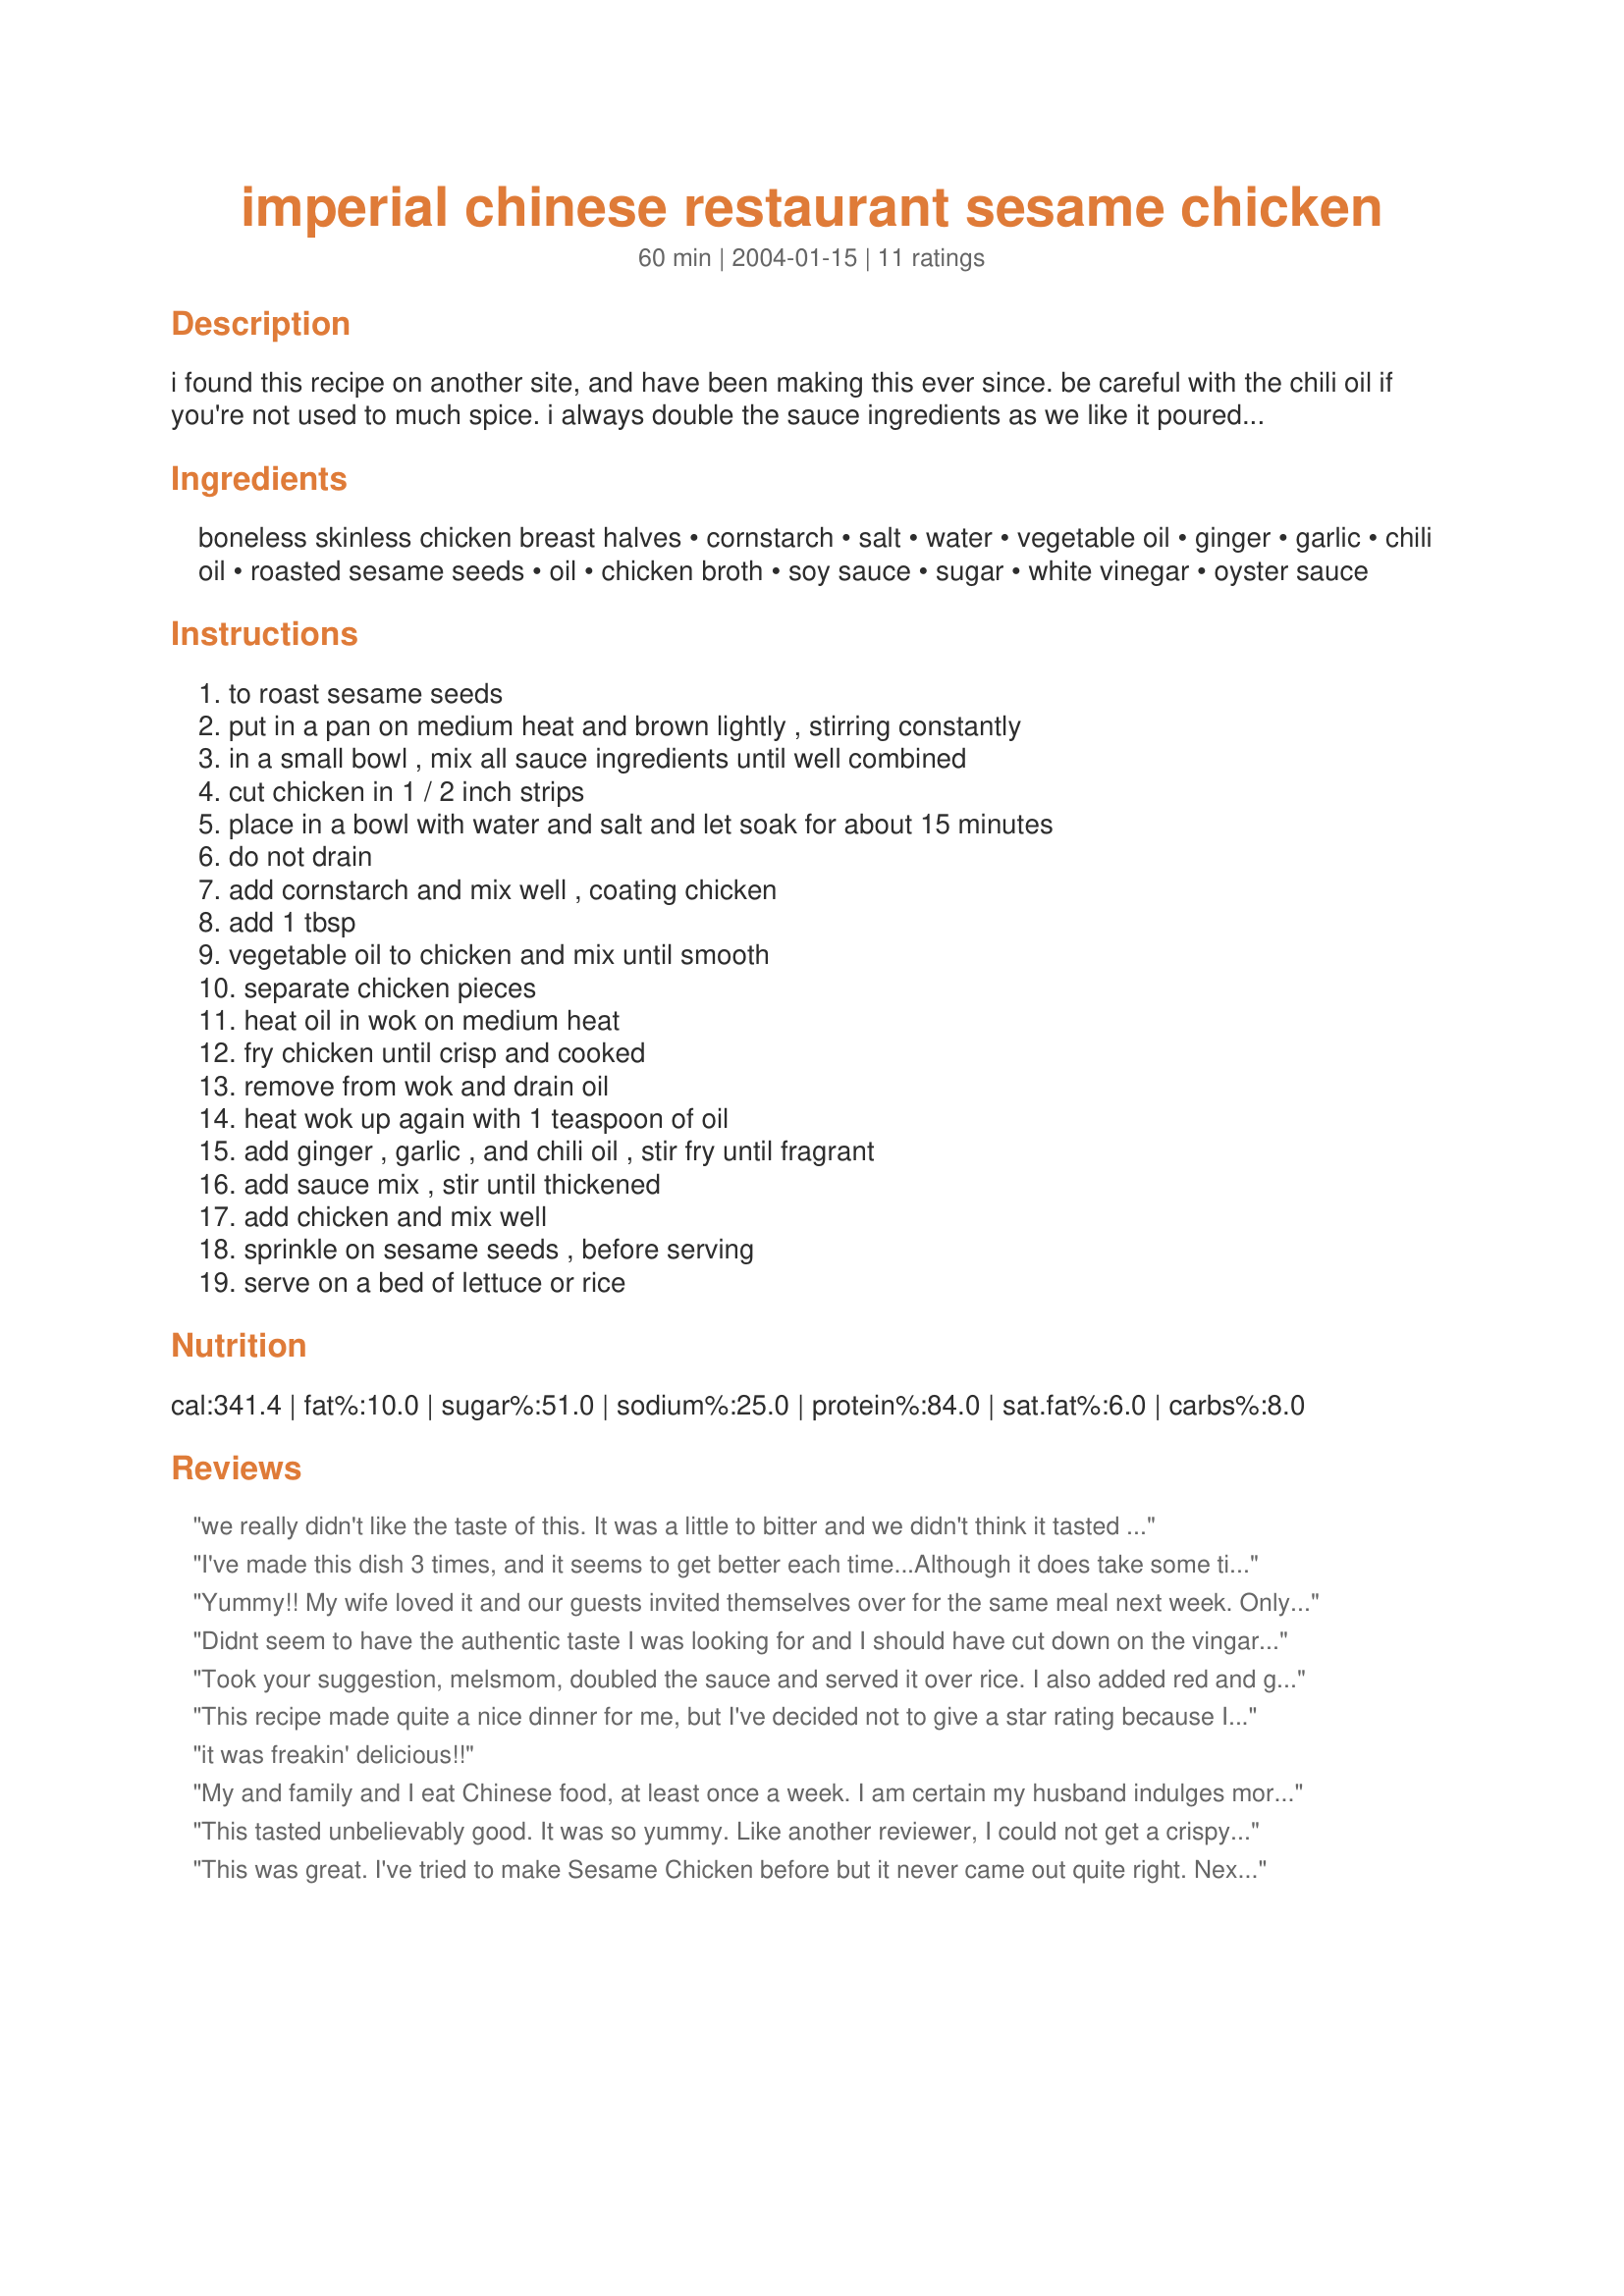
imperial chinese restaurant sesame chicken
Preparation time: 60 minutes

i found this recipe on another site, and have been making this ever since. be careful with the chili oil if you're not used to much spice. i always double the sauce ingredients as we like it poured over rice. this is soooo gooood!

Ingredients:
boneless skinless chicken breast halves, cornstarch, salt, water, vegetable oil, ginger, garlic, chili oil, roasted sesame seeds, oil, chicken broth, soy sauce, sugar, white vinegar, oyster sauce

Steps:
to roast sesame seeds, put in a pan on medium heat and brown lightly , stirring constantly, in a small bowl , mix all sauce ingredients until well combined, cut chicken in 1 / 2 inch strips, place in a bowl with water and salt and let soak for about 15 minutes, do not drain, add cornstarch and mix well , coating chicken, add 1 tbsp, vegetable oil to chicken and mix until smooth, separate chicken pieces, heat oil in wok on medium heat, fry chicken until crisp and cooked, remove from wok and drain oil, heat wok up again with 1 teaspoon of oil, add ginger , garlic , and chili oil , stir fry until fragrant, add sauce mix , stir until thickened, add chicken and mix well, sprinkle on sesame seeds , before serving, serve on a bed of lettuce or rice

Reviews:
we really didn't like the taste of this. It was a little to bitter and we didn't think it tasted anything like the restrants.
I've made this dish 3 times, and it seems to get better each time...Although it does take some time to fry the chicken, it is such an easy recipe. I usually fry the chicken early in the afternoon and then put the whole dish together when my husband walks through the door. The first couple of times I made this, I served it with rice, but tonight I'm going to try it on shredded lettuce. It will fit our diets better, and sounds as if it might be a good contrast. 
Thanks for this one melsmon!!!
Yummy!! My wife loved it and our guests invited themselves over for the same meal next week. Only thing I changed was to add spring onions, 2 red peppers,baby corn and some pea pods. Great sauce, thank you
Didnt seem to have the authentic taste I was looking for and I should have cut down on the vingar. It made a nice tasting dipping sauce simlar to sweet n sour sauce. Took A LONG TIME to put it all together :-/
Took your suggestion, melsmom, doubled the sauce and served it over rice. I also added red and green bell pepper and broccoli to the stir-fry. I wasn't able to get the golden, crisp crust shown in the photo, but Dh didn't seem to care. He made a point of telling me (more than once) how good it was.
This recipe made quite a nice dinner for me, but I've decided not to give a star rating because I think I strayed too far from the recipe. I did use the basic idea of coating and frying chicken breast strips and putting them in sauce. I added a lot of vegetables - onion, carrot, shiitake and precooked bamboo shoot. I sauteed the vegetables first with the ginger and garlic, which I increased, and mixed in the sauce ingredients. I then fried the chicken, with potato starch, rather than cornstarch. (The two are very similar.) I used a bit more starch, but could not get a crisp crust, either. Then I put everything together, with sesame seeds sprinkled on top. The chicken was tender and moist and the sauce was pleasantly tangy. Thank you for sharing this recipe with us.
it was freakin' delicious!!
My and family and I eat Chinese food, at least once a week. I am certain my husband indulges more often than we know. This is one of our favorite dishes, so when I prepared it for dinner tonight the entire family went wild. For me, the recipe was so easy to follow and adaptable for our individual tastes. As for the family, they were glad to add this dish to their list of "favorite foods cooked by Mom." I cooked it with brown rice, added more spices and tossed in some broccoli, to make it a well balanced meal. Thanks for the recipe.
This tasted unbelievably good. It was so yummy. Like another reviewer, I could not get a crispy coating on the chicken while frying, and it made a terrible mess (probably more to do with my cooking skills than anything to do with the recipe). I will definately make it again, but this time I will simply saute the chicken and add it to the sauce and not fry it. The sauce, on the other hand, was to die for. I doubled the recipe as you suggested, melsmom, and was very glad I did.
This was great. I've tried to make Sesame Chicken before but it never came out quite right. Next time I will add a little red pepper to spice it up a bit and probably more sesame seeds.
Delicious!!!!! We loved it. It doesn't have a thick coating and if you like less or more spicy, you can adjust the amounts of the chili oil. Not hard to make.
